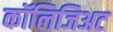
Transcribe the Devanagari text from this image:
कॉलिजिअट